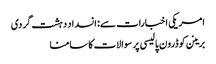
امریکی اخبارات سے: انسداد دہشت گردی
برینن کو ڈرون پالیسی پر سوالات کا سامنا